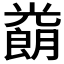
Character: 𱏮